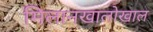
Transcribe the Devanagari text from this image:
मिलानखालोखाल